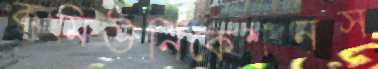
কমিউনিকেশনস